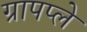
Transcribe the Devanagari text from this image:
ग्रापप्ले